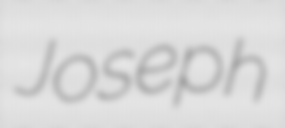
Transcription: Joseph